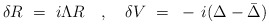
\begin{align*}\delta R ~=~ i \Lambda R ~~~,~~~ \delta V ~=~ - \, i ( \Delta - \bar{\Delta} )\end{align*}